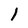
Character: l